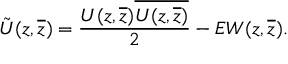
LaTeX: \tilde { U } ( z , \overline { { { z } } } ) = \frac { U ( z , \overline { { { z } } } ) \overline { { { U ( z , \overline { { { z } } } ) } } } } { 2 } - E W ( z , \overline { { { z } } } ) .